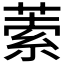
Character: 𦵫